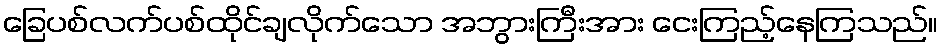
ခြေပစ်လက်ပစ်ထိုင်ချလိုက်သော အဘွားကြီးအား ငေးကြည့်နေကြသည်။